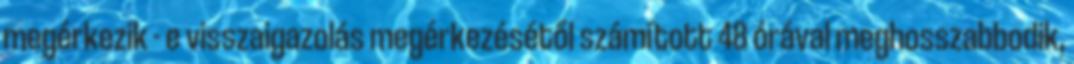
megérkezik - e visszaigazolás megérkezésétől számított 48 órával meghosszabbodik,